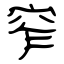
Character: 窄